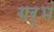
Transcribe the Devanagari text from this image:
गर्भं